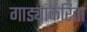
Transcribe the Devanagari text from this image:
गाड्यांकरिता